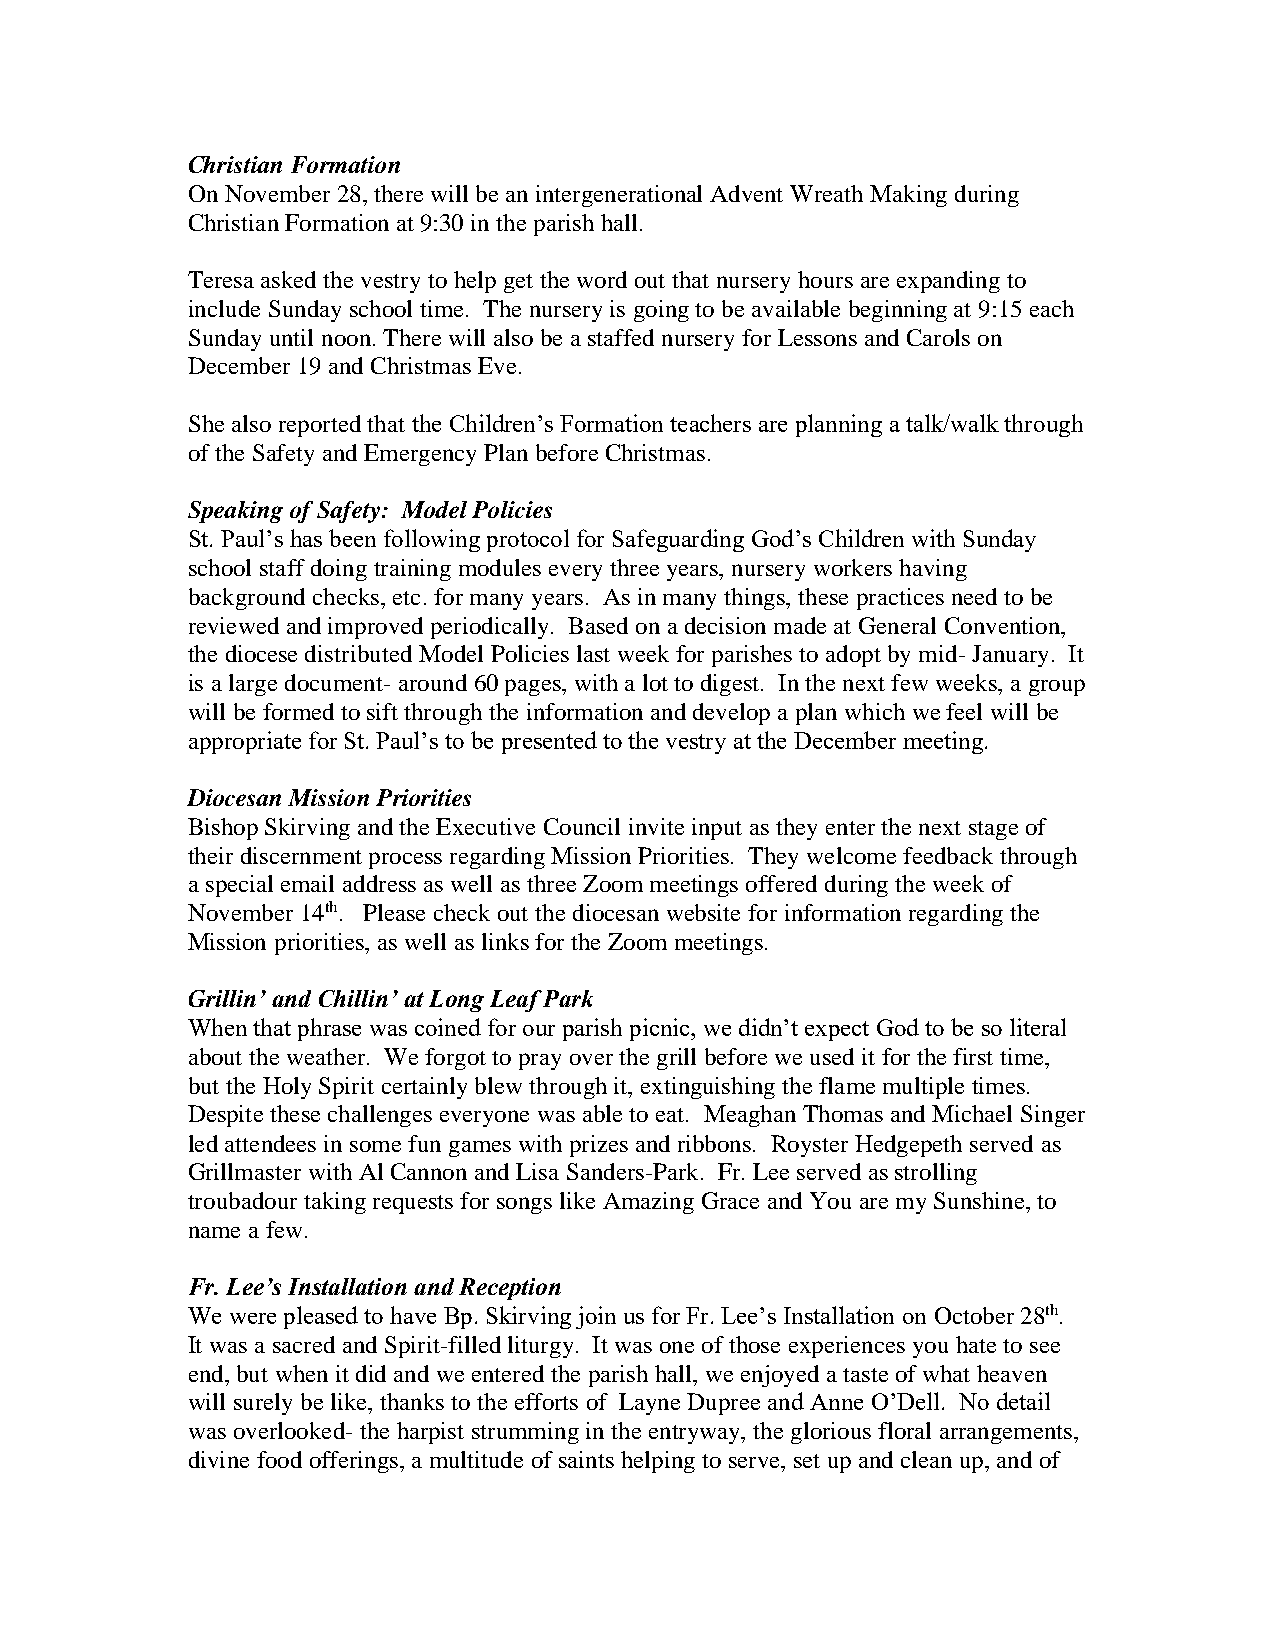
Christian Formation
 On November 28, there will be an intergenerational Advent Wreath Making during
 Christian Formation at 9:30 in the parish hall.
 Teresa asked the vestry to help get the word out that nursery hours are expanding to
 include Sunday school time. The nursery is going to be available beginning at 9:15 each
 Sunday until noon. There will also be a staffed nursery for Lessons and Carols on
 December 19 and Christmas Eve.
 She also reported that the Children’s Formation teachers are planning a talk/walk through
 of the Safety and Emergency Plan before Christmas.
 Speaking of Safety: Model Policies
 St. Paul’s has been following protocol for Safeguarding God’s Children with Sunday
 school staff doing training modules every three years, nursery workers having
 background checks, etc. for many years. As in many things, these practices need to be
 reviewed and improved periodically. Based on a decision made at General Convention,
 the diocese distributed Model Policies last week for parishes to adopt by mid- January. It
 is a large document- around 60 pages, with a lot to digest. In the next few weeks, a group
 will be formed to sift through the information and develop a plan which we feel will be
 appropriate for St. Paul’s to be presented to the vestry at the December meeting.
 Diocesan Mission Priorities
 Bishop Skirving and the Executive Council invite input as they enter the next stage of
 their discernment process regarding Mission Priorities. They welcome feedback through
 a special email address as well as three Zoom meetings offered during the week of
 November 14th. Please check out the diocesan website for information regarding the
 Mission priorities, as well as links for the Zoom meetings.
 Grillin’ and Chillin’ at Long Leaf Park
 When that phrase was coined for our parish picnic, we didn’t expect God to be so literal
 about the weather. We forgot to pray over the grill before we used it for the first time,
 but the Holy Spirit certainly blew through it, extinguishing the flame multiple times.
 Despite these challenges everyone was able to eat. Meaghan Thomas and Michael Singer
 led attendees in some fun games with prizes and ribbons. Royster Hedgepeth served as
 Grillmaster with Al Cannon and Lisa Sanders-Park. Fr. Lee served as strolling
 troubadour taking requests for songs like Amazing Grace and You are my Sunshine, to
 name a few.
 Fr. Lee’s Installation and Reception
 We were pleased to have Bp. Skirving join us for Fr. Lee’s Installation on October 28th.
 It was a sacred and Spirit-filled liturgy. It was one of those experiences you hate to see
 end, but when it did and we entered the parish hall, we enjoyed a taste of what heaven
 will surely be like, thanks to the efforts of Layne Dupree and Anne O’Dell. No detail
 was overlooked- the harpist strumming in the entryway, the glorious floral arrangements,
 divine food offerings, a multitude of saints helping to serve, set up and clean up, and of